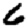
Digit: 6